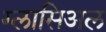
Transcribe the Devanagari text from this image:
ग्लासिअल